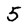
Character: 5